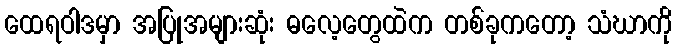
ထေရဝါဒမှာ အပြုအများဆုံး ဓလေ့တွေထဲက တစ်ခုကတော့ သံဃာကို